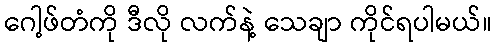
ဂေါ့ဖ်တံကို ဒီလို လက်နဲ့ သေချာ ကိုင်ရပါမယ်။